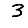
Digit: 3